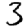
Digit: 3